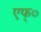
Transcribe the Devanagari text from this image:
एफ्‌०